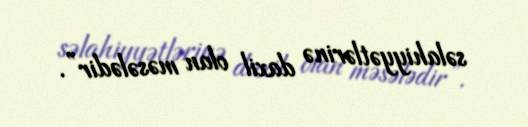
səlahiyyətlərinə daxil olan məsələdir”.